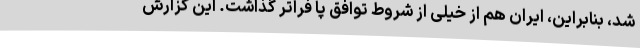
شد، بنابراین، ایران هم از خیلی از شروط توافق پا فراتر گذاشت. این گزارش